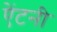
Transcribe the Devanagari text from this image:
ऐंटनी